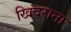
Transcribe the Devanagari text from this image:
खिदराना